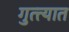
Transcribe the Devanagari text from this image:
गुत्त्यात